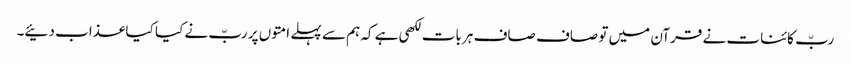
ربّ کائنات نے قرآن میں تو صاف صاف ہر بات لکھی ہے کہ ہم سے پہلے امتوں پر ربّ نے کیا کیا عذاب دئیے۔